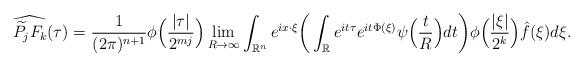
LaTeX: \begin{align*} \begin{aligned} \widehat{\widetilde{P_j}F_k}(\tau) &= \frac{1}{(2\pi)^{n+1}} {\phi}\Big(\frac{|\tau|}{2^{mj}} \Big) \lim_{R\rightarrow\infty} \int_{\mathbb{R}^n} e^{ix\cdot\xi} \bigg( \int_{\mathbb{R}} e^{it\tau} e^{it\Phi(\xi)} \psi\Big(\frac{t}{R}\Big) dt \bigg) \phi\Big(\frac{|\xi|}{2^k}\Big) \hat{f}(\xi) d\xi . \end{aligned} \end{align*}